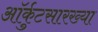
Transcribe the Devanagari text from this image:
ऑर्कुटसारख्या